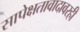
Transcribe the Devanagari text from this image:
सापेक्षतावादावरही